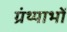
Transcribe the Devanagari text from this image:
ग्रंथ्याभों